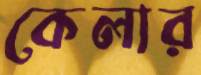
কেলার